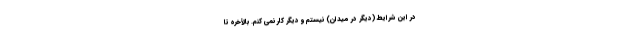
در این شرایط (دیگر در میدان) نیستم و دیگر کار نمی کنم. بالأخره تا